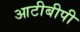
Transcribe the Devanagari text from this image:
आटीबीपी